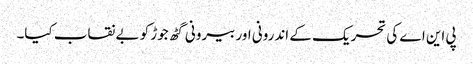
پی این اے کی تحریک کے اندرونی اور بیرونی گٹھ جوڑ کو بے نقاب کیا۔